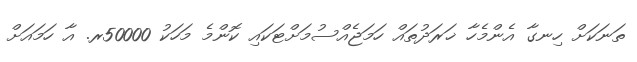
ތަނަކަށް ހިނގާ އެންމެހާ ޚަރަދުތައް ހަމަޖެއްސުމަށްޓަކައި ކޮންމެ މަހަކު 50000ރ. އާ ހަމައަށް